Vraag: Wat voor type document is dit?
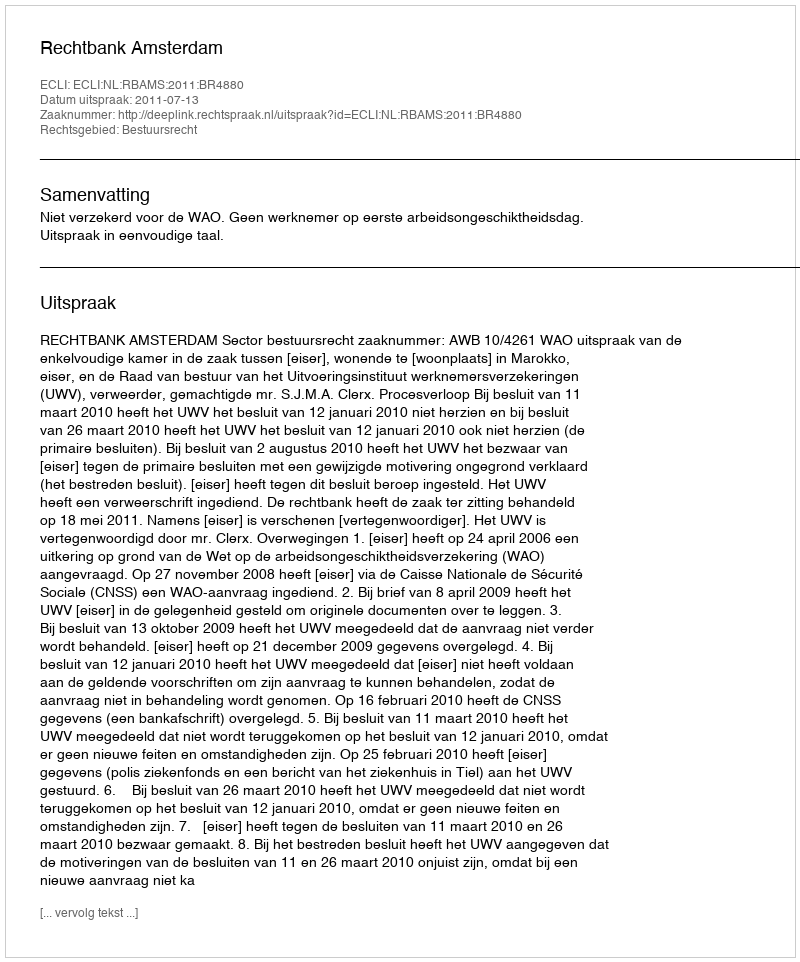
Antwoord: Uitspraak